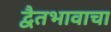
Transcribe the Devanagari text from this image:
द्वैतभावाचा